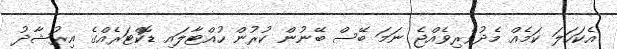
އެކަހަލަ ކަމެއް މެދުވެރިވެއްޖެ ނަމަ ބޭސް ބޭނުން ކުރުން ހުއްޓާލައި ޑޮކްޓަރެއްގެ އިރުޝާދު